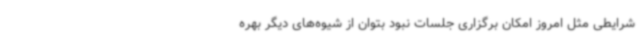
شرایطی مثل امروز امکان برگزاری جلسات نبود بتوان از شیوه‌های دیگر بهره